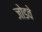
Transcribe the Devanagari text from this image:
जोडवे